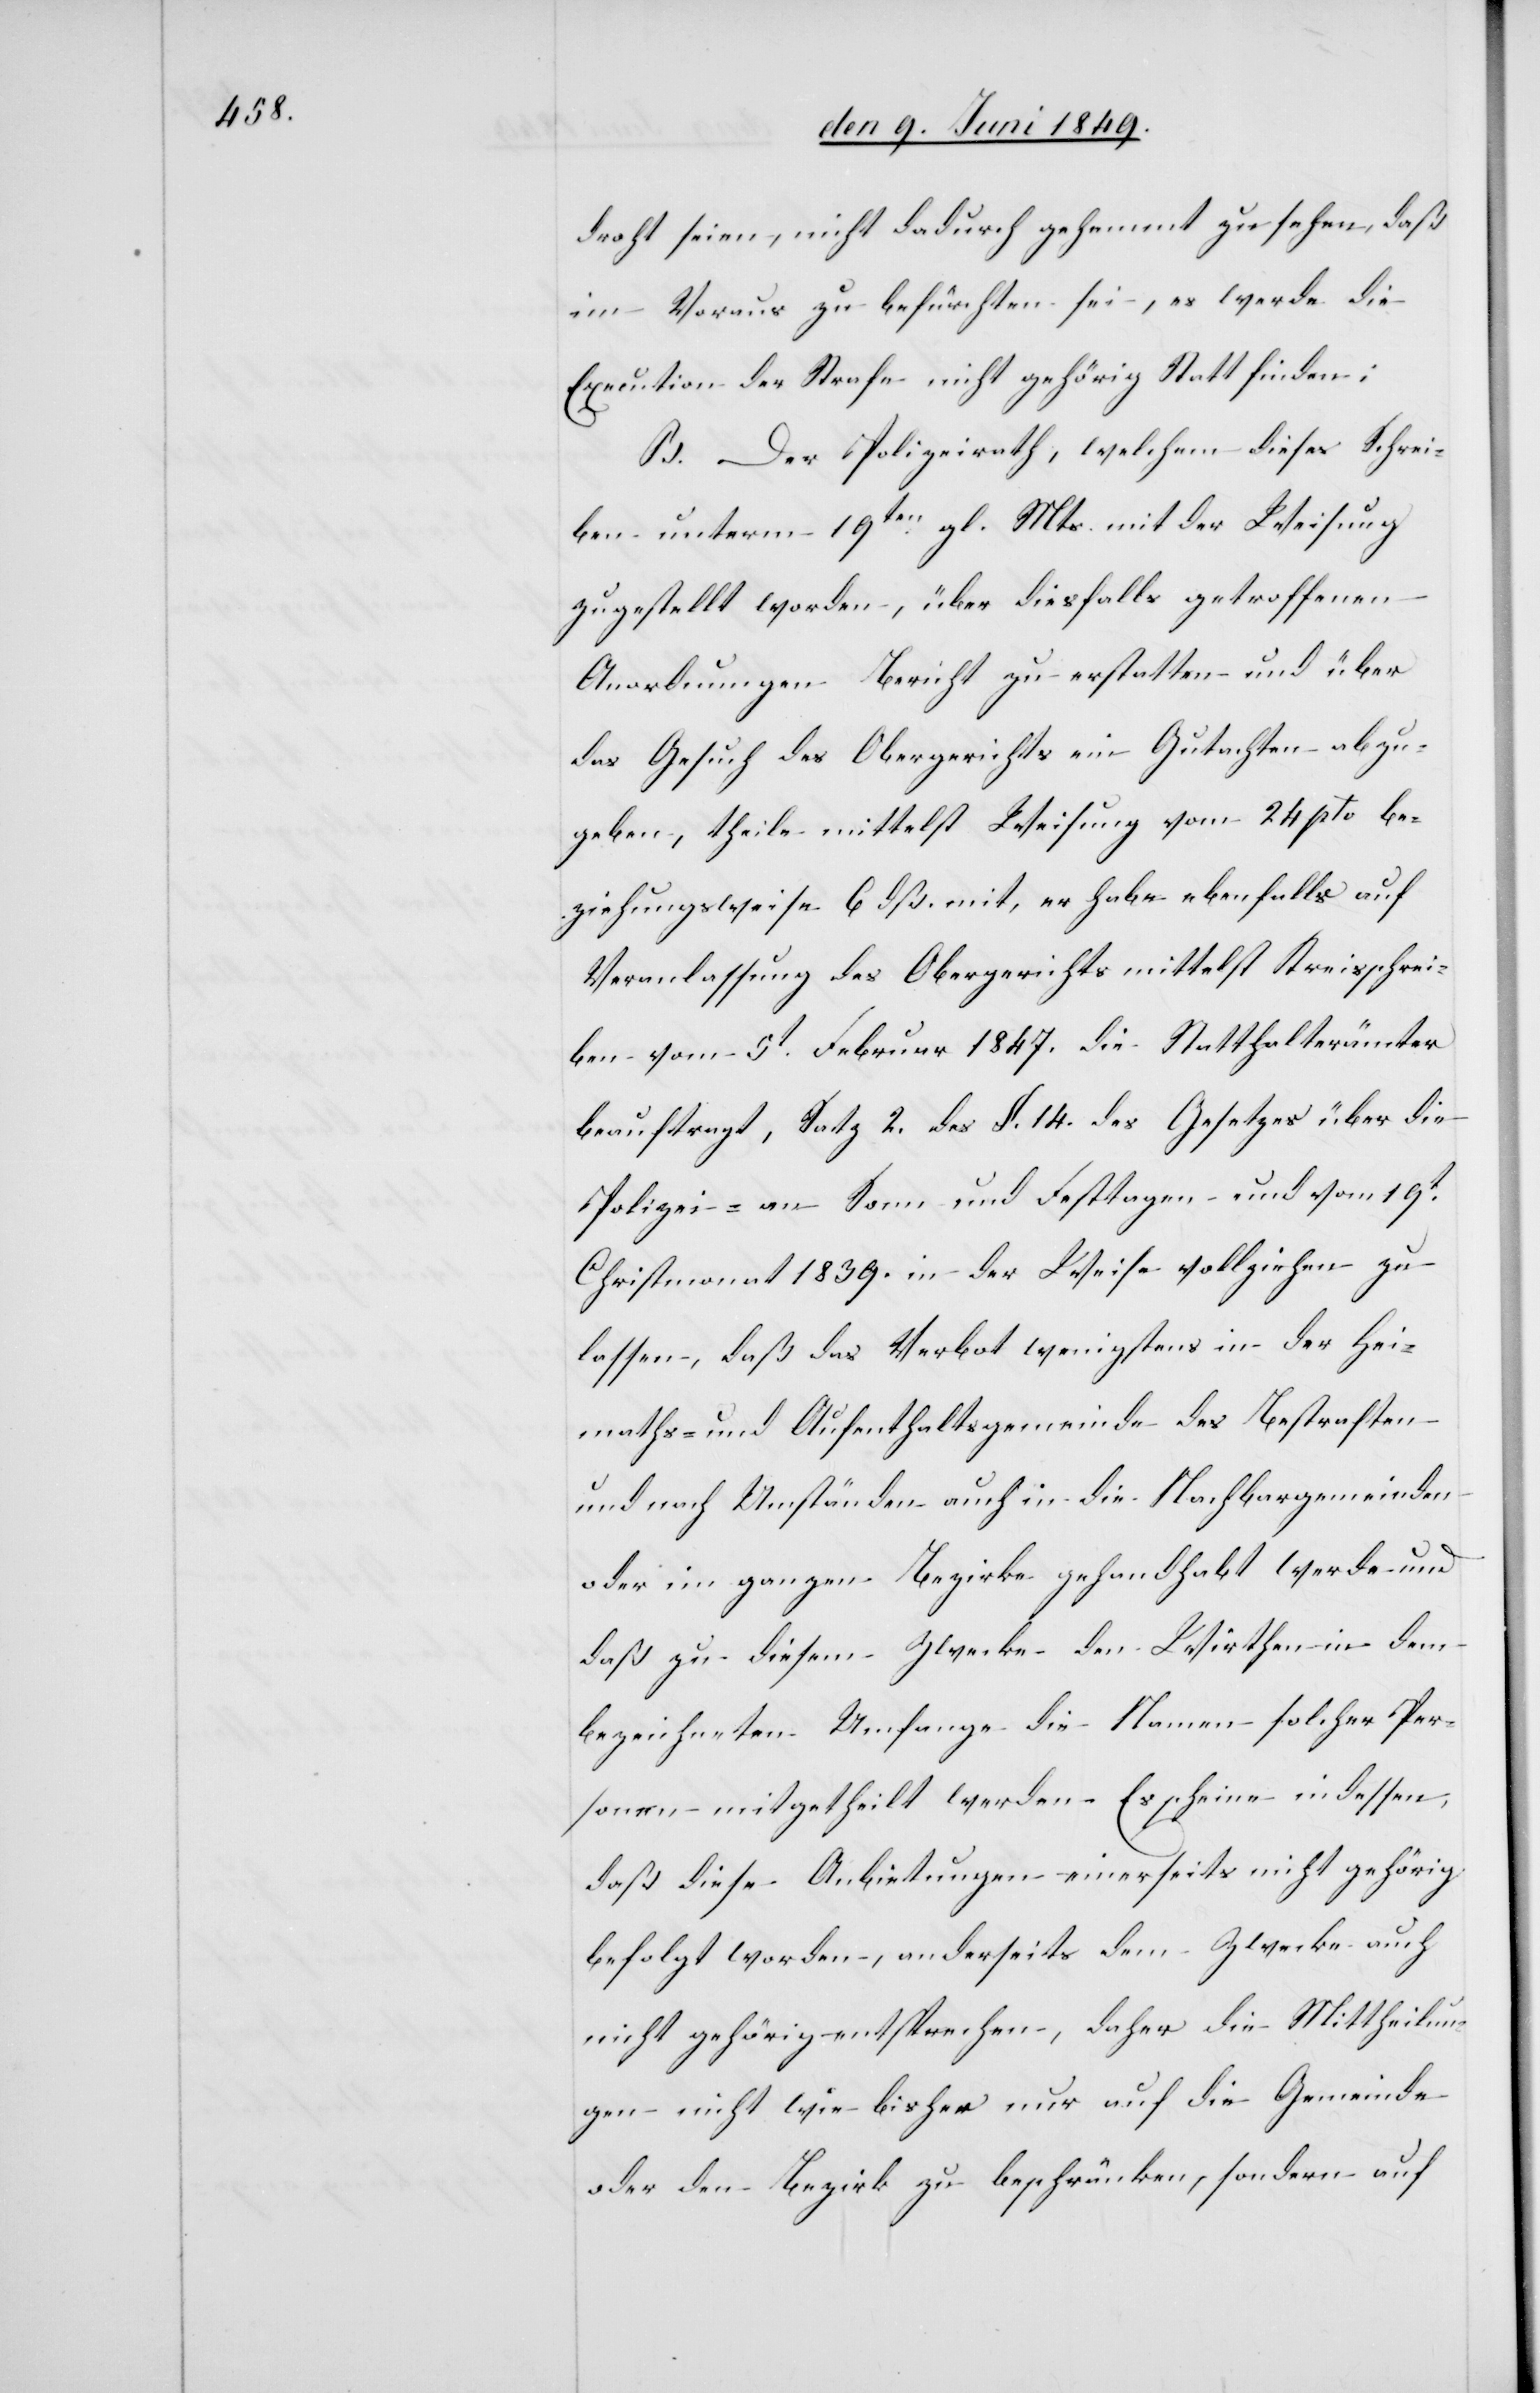
droht seien, nicht dadurch gehemmt zu sehen, daß
im Voraus zu befürchten sei, es werde die
Execution der Strafe nicht gehörig Statt finden:
B. Der Polizeirath, welchem dieses Schrei¬
ben unterm 19ten gl. Mts. mit der Weisung
zugestellt worden, über diesfalls getroffenen
Anordnungen Bericht zu erstatten und über
das Gesuch des Obergerichts ein Gutachten abzu¬
geben, theile mittelst Weisung vom 24 pto. be¬
ziehungsweise 6 dß. mit, er habe ebenfalls auf
Veranlassung des Obergerichts mittelst Kreisschrei¬
ben vom 5t Februar 1847. die Statthalterämter
beauftragt, Satz 2. des §. 14. des Gesetzes über die
Polizei- an Sonn und Festtagen und vom 19t
Christmonat 1839. in der Weise vollziehen zu
lassen, daß das Verbot wenigstens in der Hei¬
maths- und Aufenthaltsgemeinde des Bestraften
und nach Umständen auch in die Nachbargemeinden
oder im ganzen Bezirke gehandhabt werde und
daß zu diesem Zwecke den Wirthen in dem
bezeichneten Umfange die Namen solcher Per¬
sonen mitgetheilt werden. Es scheine indessen,
daß diese Anbietungen einerseits nicht gehörig
befolgt worden, anderseits dem Zwecke auch
nicht gehörig entsprechen, daher die Mittheilun¬
gen nicht wie bisher nur auf die Gemeinde
oder den Bezirk zu beschränken, sondern auf